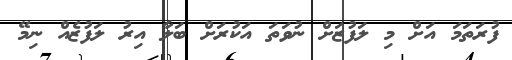
ފުރަތަމަ އަށް މި ލަފުޒަށް ނުވަތަ އަކުރަށް ބަލާ އިރު ލަފުޒެއް ނިމޭ